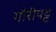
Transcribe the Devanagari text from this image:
गौरीपट्ट